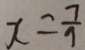
x = \frac { 7 } { 9 }